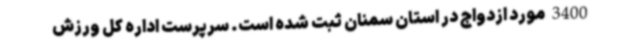
3400 مورد ازدواج در استان سمنان ثبت شده است. سرپرست اداره کل ورزش